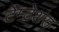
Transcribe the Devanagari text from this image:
टेम्टेशंस